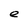
Character: e